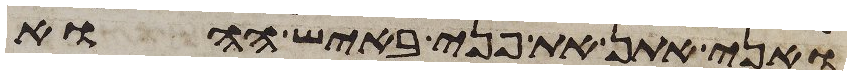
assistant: ואני אתן את פני באיש ההוא